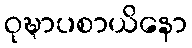
ဝုဍ္ဎာပစာယိနော